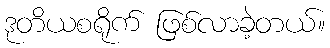
ဒုတိယစရိုက် ဖြစ်လာခဲ့တယ်။